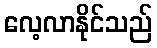
လေ့လာနိုင်သည်